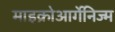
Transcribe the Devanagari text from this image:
माइक्रोआर्गेनिज्म